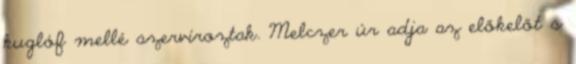
kuglóf mellé szervíroztak. Melczer úr adja az előkelőt s